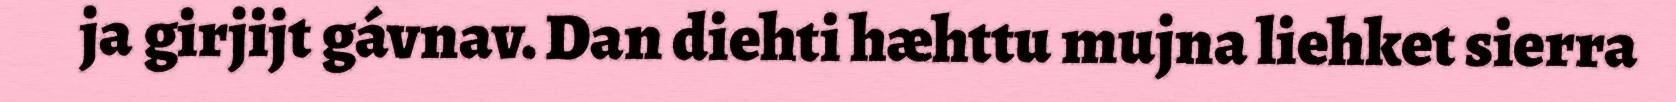
ja girjijt gávnav. Dan diehti hæhttu mujna liehket sierra